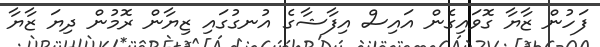
ފަހުން ޒާޔާ ގޮވައިގެން އައިސް އިފާޝާގެ އުނގުގައި ޒިޔާން ރޮމުން ދިޔަ ޒާޔާ